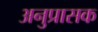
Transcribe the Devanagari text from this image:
अनुप्रासक